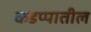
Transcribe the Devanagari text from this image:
कडप्पातील